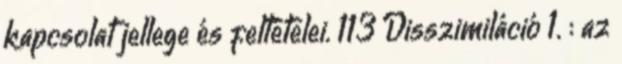
kapcsolat jellege és feltételei. 113 Disszimiláció 1. : az